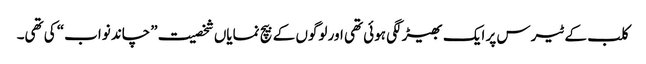
کلب کے ٹیرس پر ایک بھیڑ لگی ہوئی تھی اور لوگوں کے بیچ نمایاں شخصیت ”چاند نواب“ کی تھی۔